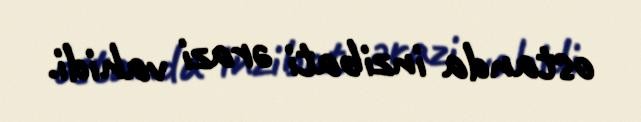
ostanda inzibati ərazi vahidi.